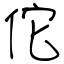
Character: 佗